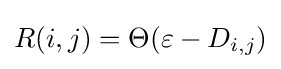
R(i,j)=\Theta (\varepsilon -D_{i,j})